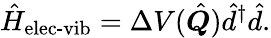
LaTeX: \hat{H}_{\textrm{elec-vib}}=\Delta V(\hat{\boldsymbol{Q}})\hat{d}^{\dagger}\hat{d}.